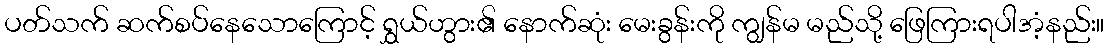
ပတ်သက် ဆက်စပ်နေသောကြောင့် ရွှယ်ဟွား၏ နောက်ဆုံး မေးခွန်းကို ကျွန်မ မည်သို့ ဖြေကြားရပါအံ့နည်း။